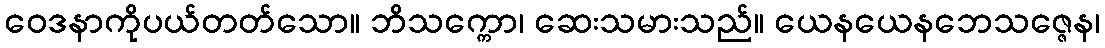
ဝေဒနာကိုပယ်တတ်သော။ ဘိသက္ကော၊ ဆေးသမားသည်။ ယေနယေနဘေသဇ္ဇေန၊